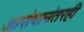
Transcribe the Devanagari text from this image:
आरोपानंतरही